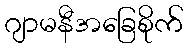
ဂျာမနီအခြေစိုက်